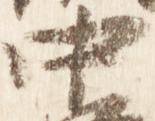
中